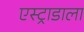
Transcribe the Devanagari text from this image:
एस्ट्राडाला